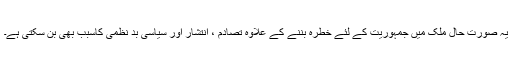
یہ صورت حال ملک میں جمہوریت کے لئے خطرہ بننے کے علاوہ تصادم ، انتشار اور سیاسی بد نظمی کاسبب بھی بن سکتی ہے۔